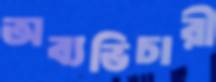
অব্যভিচারী